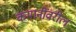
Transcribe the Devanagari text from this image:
कमानींवरील